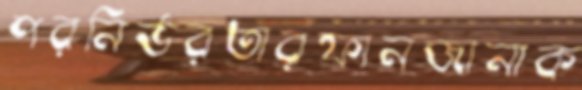
পরনির্ভরতারফানজানাক